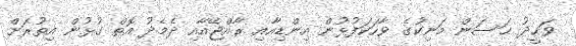
ވަޙީދު ޙަސަން މަނިކުގެ ވާހަކަފުޅުން އިންޑިއާއި ރާއްޖޭއާއި ދެމެދު އޮތް ގުޅުން އިތުރަށް